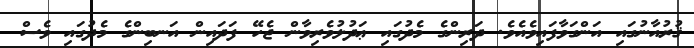
ޤުރުއާނުގައި އަންގަވާފައިވެއެވެ. ދަރިންގެ މެދުގައި ޢަދުލުވެރިވާން ޖެހޭ ފަދައިން އަނބިންގެ މެދުގައި ވެސް